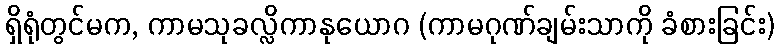
ရှိရုံတွင်မက, ကာမသုခလ္လိကာနုယောဂ (ကာမဂုဏ်ချမ်းသာကို ခံစားခြင်း)